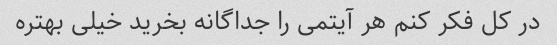
در کل فکر کنم هر آیتمی را جداگانه بخرید خیلی بهتره